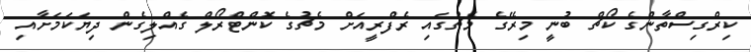
ކިރްގިސްތާންގެ ކޯޗް ބުނީ މިރޭގެ މެޗުގައި ރެފްރީއަށް މެޗުގެ ކޮންޓްރޯލް ގެއްލިގެން ދިޔަކަމަށާއި